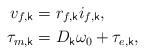
LaTeX: \begin{align*} v_{f,\mathsf{k}} &= r_{f,\mathsf{k}} i_{f,\mathsf{k}}, \\ \tau_{m,\mathsf{k}} &= D_\mathsf{k} \omega_0 + \tau_{e,\mathsf{k}}, \end{align*}